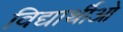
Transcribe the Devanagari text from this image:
विद्यार्थीओ